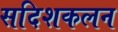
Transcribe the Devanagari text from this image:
सदिशकलन